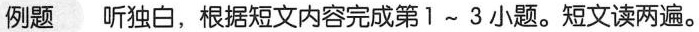
例题 听独白，根据短文内容完成第1~ 3 小题，短文读两遍。